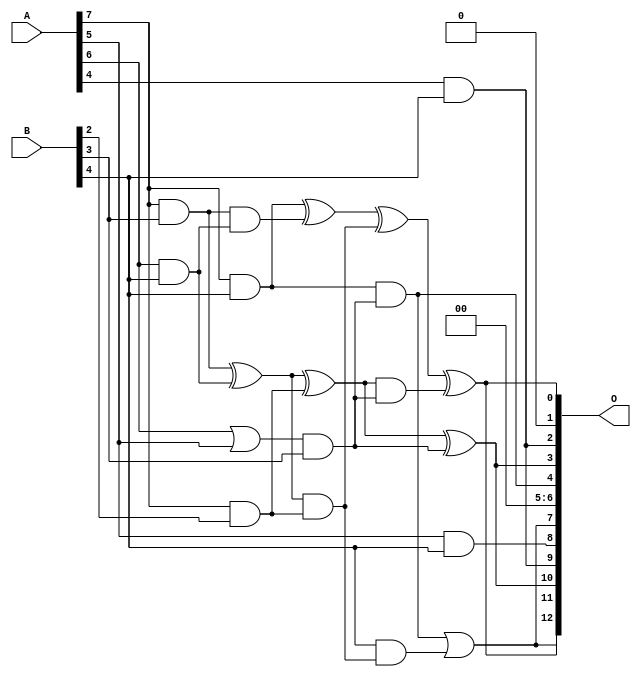
/***
* This code is a part of EvoApproxLib library (ehw.fit.vutbr.cz/approxlib) distributed under The MIT License.
* When used, please cite the following article(s): V. Mrazek, L. Sekanina, Z. Vasicek "Libraries of Approximate Circuits: Automated Design and Application in CNN Accelerators" IEEE Journal on Emerging and Selected Topics in Circuits and Systems, Vol 10, No 4, 2020 
* This file contains a circuit from a sub-set of pareto optimal circuits with respect to the pwr and mre parameters
***/
// MAE% = 3.81 %
// MAE = 312 
// WCE% = 15.44 %
// WCE = 1265 
// WCRE% = 303.12 %
// EP% = 96.37 %
// MRE% = 38.51 %
// MSE = 154036 
// PDK45_PWR = 0.015 mW
// PDK45_AREA = 56.3 um2
// PDK45_DELAY = 0.30 ns

module mul8x5u_0N9 (
    A,
    B,
    O
);

input [7:0] A;
input [4:0] B;
output [12:0] O;

wire sig_36,sig_44,sig_50,sig_51,sig_52,sig_97,sig_99,sig_100,sig_163,sig_167,sig_168,sig_172,sig_173,sig_186,sig_187,sig_188,sig_189,sig_203,sig_204,sig_207;

assign sig_36 = A[7] & B[2];
assign sig_44 = A[7] & B[3];
assign sig_50 = A[5] & B[4];
assign sig_51 = A[6] & B[4];
assign sig_52 = A[7] & B[4];
assign sig_97 = A[6] | A[5];
assign sig_99 = sig_44 ^ sig_51;
assign sig_100 = sig_44 & sig_51;
assign sig_163 = sig_97 & B[3];
assign sig_167 = sig_99 ^ sig_36;
assign sig_168 = sig_99 & sig_36;
assign sig_172 = sig_52 & sig_163;
assign sig_173 = sig_52 ^ sig_100;
assign sig_186 = sig_167 ^ sig_163;
assign sig_187 = sig_167 & sig_163;
assign sig_188 = sig_173 ^ sig_168;
assign sig_189 = B[4] & sig_168;
assign sig_203 = sig_188 ^ sig_187;
assign sig_204 = sig_172 | sig_189;
assign sig_207 = A[4] & B[4];

assign O[12] = sig_204;
assign O[11] = sig_203;
assign O[10] = sig_186;
assign O[9] = sig_207;
assign O[8] = sig_50;
assign O[7] = sig_204;
assign O[6] = 1'b0;
assign O[5] = 1'b0;
assign O[4] = sig_172;
assign O[3] = sig_186;
assign O[2] = sig_207;
assign O[1] = 1'b0;
assign O[0] = sig_203;

endmodule